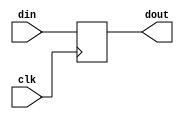
module D_flipflop( input din, clk, output reg dout );
//reg dout;
always @ (posedge clk)
dout = din;

endmodule